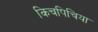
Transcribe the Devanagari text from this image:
किचपिचिया